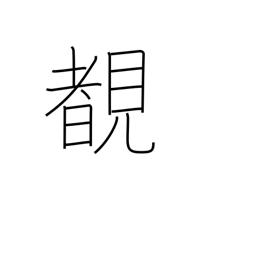
Meaning: see